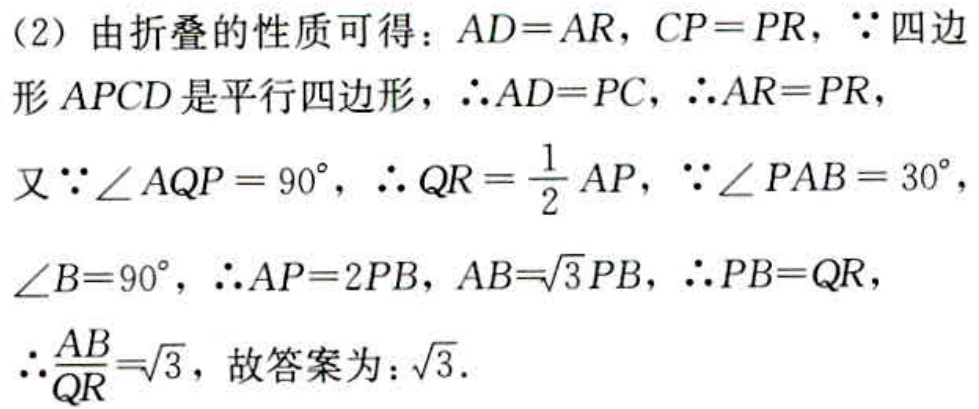
（2）由折叠的性质可得：\(AD = AR\)，\(CP = PR\)，\(\because\)四边形\(APCD\)是平行四边形，\(\therefore AD = PC\)，\(\therefore AR = PR\)，
又\(\because\angle AQP = 90^{\circ}\)，\(\therefore QR=\frac{1}{2}AP\)，\(\because\angle PAB = 30^{\circ}\)，\(\angle B = 90^{\circ}\)，\(\therefore AP = 2PB\)，\(AB = \sqrt{3}PB\)，\(\therefore PB = QR\)，
\(\therefore\frac{AB}{QR}=\sqrt{3}\)，故答案为：\(\sqrt{3}\).